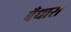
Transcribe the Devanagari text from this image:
बँधारा